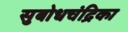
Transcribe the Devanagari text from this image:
सुबोधचंद्रिका